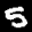
Label: 5